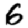
Digit: 6